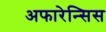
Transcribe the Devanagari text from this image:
अफारेन्सिस